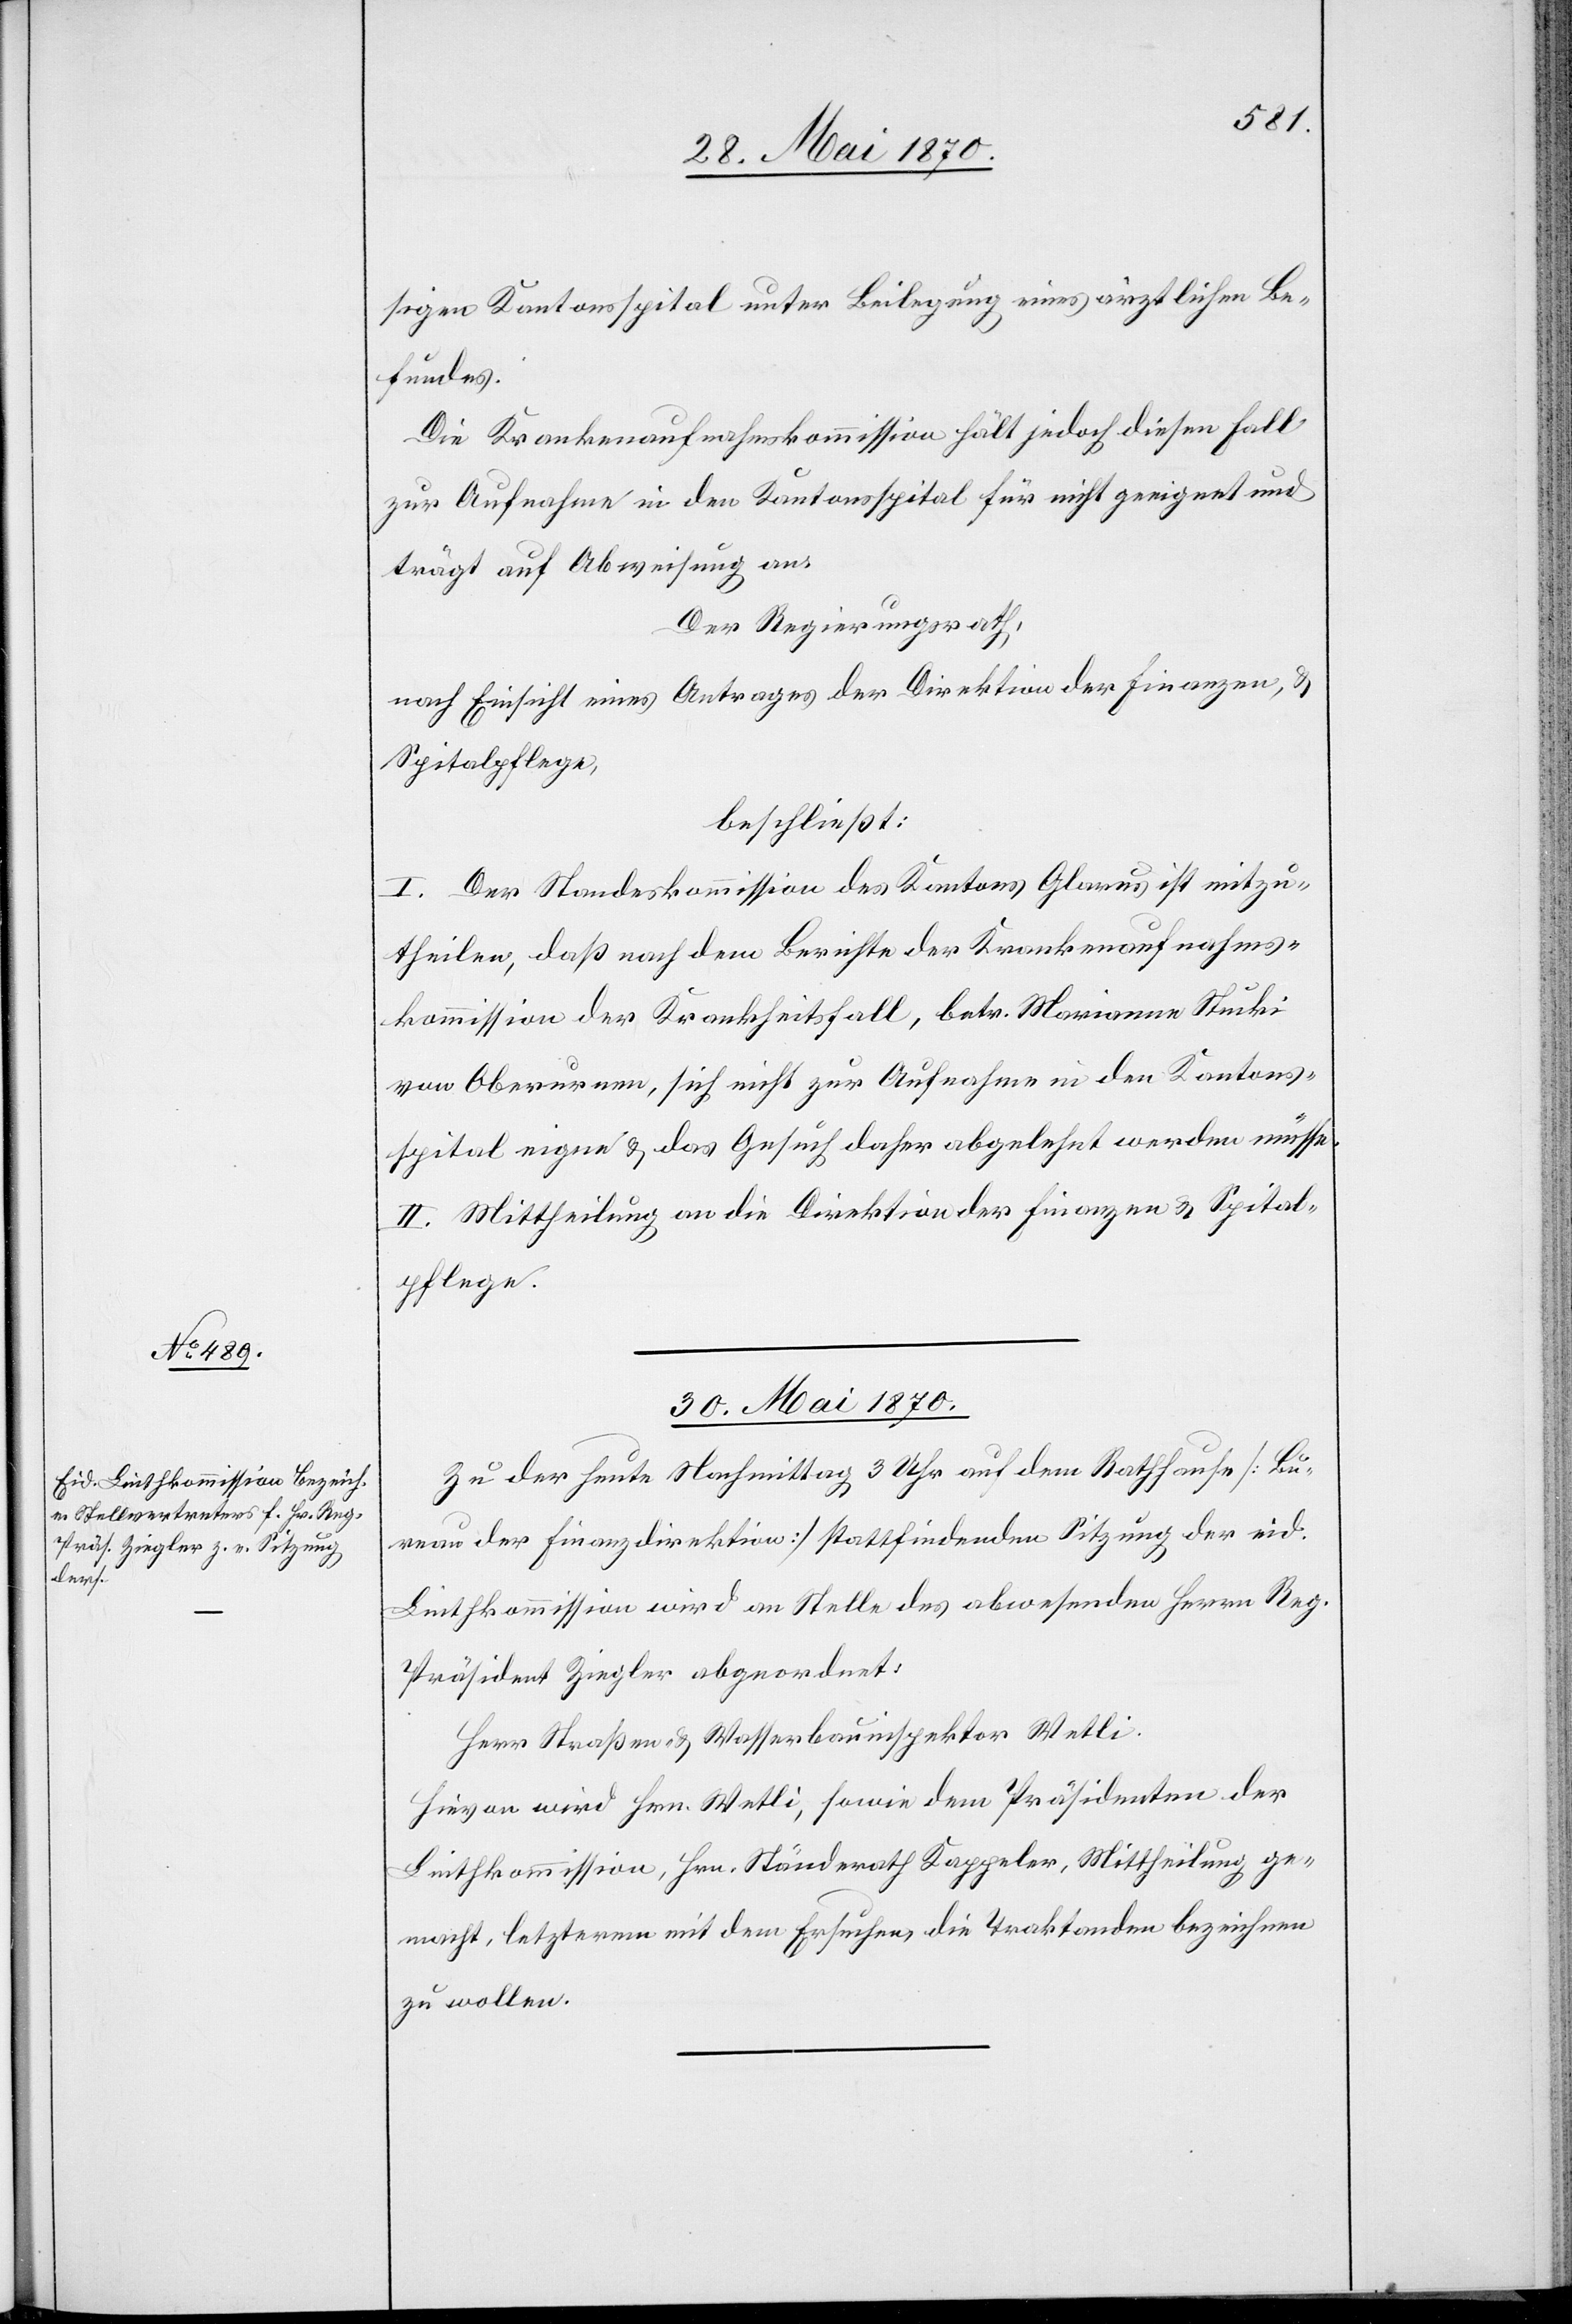
sigen Kantonsspital unter Beilegung eines ärztlichen Be¬
fundes.
Die Krankenaufnahmskommission hält jedoch diesen Fall
zur Aufnahme in den Kantonsspital für nicht geeignet und
trägt auf Abweisung an.
Der Regierungsrath,
nach Einsicht eines Antrages der Direktion der Finanzen, &
Spitalpflege,
beschließt:
I. Der Standeskommission des Kantons Glarus ist mitzu¬
theilen, daß nach dem Berichte der Krankenaufnahms¬
kommission der Krankheitsfall, betr. Marianne Stucki
von Oberurnen, sich nicht zur Aufnahme in den Kantons¬
spital eigne & das Gesuch daher abgelehnt werden müsse.
II. Mittheilung an die Direktion der Finanzen & Spital¬
pflege.
30. Mai 1870.
Zu der heute Nachmittag 3 Uhr auf dem Rathhause [Bu¬
reau der Finanzdirektion] stattfindenden Sitzung der eid.
Linthkommission wird an Stelle des abwesenden Herrn Reg.
Präsident Ziegler abgeordnet:
Herr Straßen- & Wasserbauinspektor Wetli.
Hievon wird Hrn. Wetli, sowie dem Präsidenten der
Linthkommission, Hrn. Ständerath Kappeler, Mittheilung ge¬
macht, letzterem mit dem Ersuchen die Traktanden bezeichnen
zu wollen.